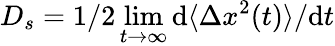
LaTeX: D_{s}=1/2\operatorname*{lim}_{t\to\infty}\textrm{d}\langle\Delta x^{2}(t)\rangle/\textrm{d}t